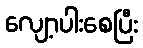
လျော့ပါးစေပြီး